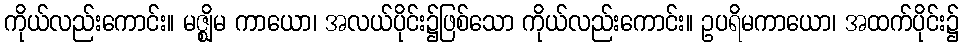
ကိုယ်လည်းကောင်း။ မဇ္ဈိမ ကာယော၊ အလယ်ပိုင်း၌ဖြစ်သော ကိုယ်လည်းကောင်း။ ဥပရိမကာယော၊ အထက်ပိုင်း၌